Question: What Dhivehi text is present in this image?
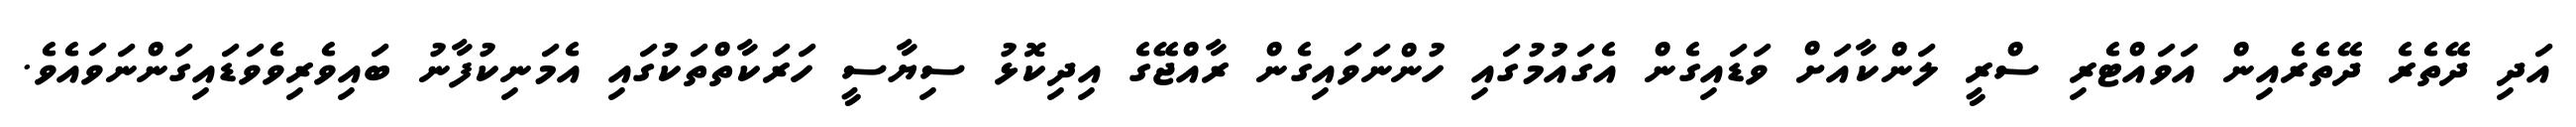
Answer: އަދި ދޭތެރެ ދޭތެރެއިން އަވައްޓެރި ސްރީ ލަންކާއަށް ވަޑައިގެން އެގައުމުގައި ހުންނަވައިގެން ރާއްޖޭގެ އިދިކޮޅު ސިޔާސީ ހަރަކާތްތަކުގައި އެމަނިކުފާނު ބައިވެރިވެވަޑައިގަންނަވައެވެ.